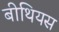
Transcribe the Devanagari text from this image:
बीथियस